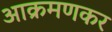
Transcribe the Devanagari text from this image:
आक्रमणकर